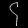
Digit: ၄